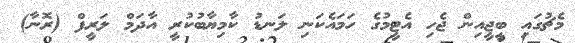
މެޗުގައި ބީޖީއިން ޖެހި އެޓީމުގެ ހަމައެކަނި ލަނޑު ކާމިޔާބުކުރީ އާދަމް ލަރީފް (ރޮނާ)